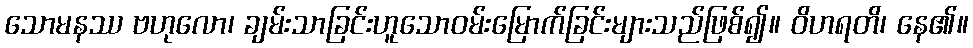
သောမနဿ ဗဟုလော၊ ချမ်းသာခြင်းဟူသောဝမ်းမြောက်ခြင်းများသည်ဖြစ်၍။ ဝိဟရတိ၊ နေ၏။